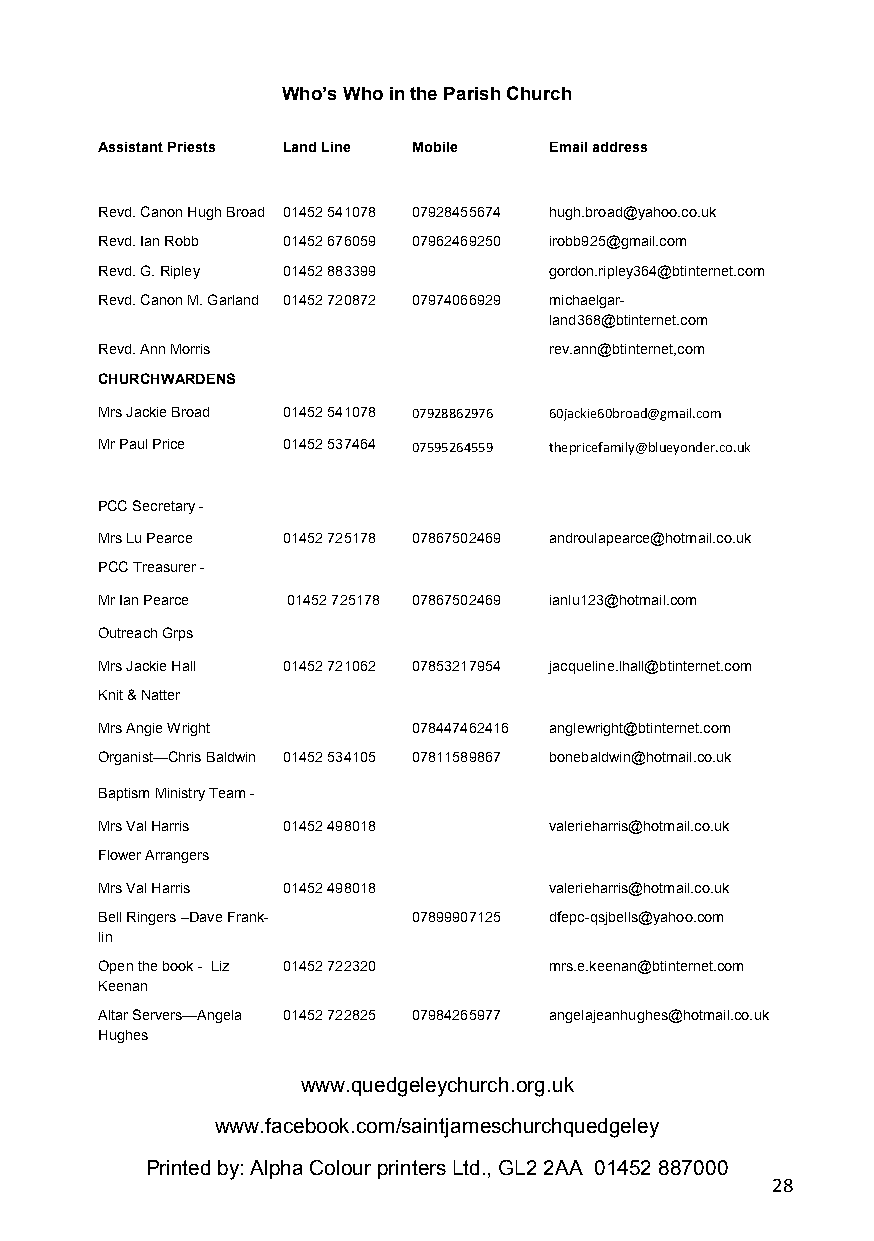
Who’s Who in the Parish Church
 Assistant Priests Land Line Mobile Email address
 Revd. Canon Hugh Broad 01452 541078 07928455674 hugh.broad@yahoo.co.uk
 Revd. Ian Robb 01452 676059 07962469250 irobb925@gmail.com
 Revd. G. Ripley 01452 883399  gordon.ripley364@btinternet.com
 Revd. Canon M. Garland 01452 720872 07974066929 michaelgar-
 land368@btinternet.com
 Revd. Ann Morris              rev.ann@btinternet,com
 CHURCHWARDENS
 Mrs Jackie Broad 01452 541078 07928862976 60jackie60broad@gmail.com
 Mr Paul Price 01452 537464 07595264559 thepricefamily@blueyonder.co.uk
 PCC Secretary -
 Mrs Lu Pearce 01452 725178 07867502469 androulapearce@hotmail.co.uk
 PCC Treasurer -
 Mr Ian Pearce 01452 725178 07867502469 ianlu123@hotmail.com
 Outreach Grps
 Mrs Jackie Hall 01452 721062 07853217954 jacqueline.lhall@btinternet.com
 Knit & Natter
 Mrs Angie Wright     078447462416 anglewright@btinternet.com
 Organist—Chris Baldwin 01452 534105 07811589867 bonebaldwin@hotmail.co.uk
 Baptism Ministry Team -
 Mrs Val Harris 01452 498018   valerieharris@hotmail.co.uk
 Flower Arrangers
 Mrs Val Harris 01452 498018   valerieharris@hotmail.co.uk
 Bell Ringers –Dave Frank- 07899907125 dfepc-qsjbells@yahoo.com
 lin
 Open the book - Liz 01452 722320 mrs.e.keenan@btinternet.com
 Keenan
 Altar Servers—Angela 01452 722825 07984265977 angelajeanhughes@hotmail.co.uk
 Hughes
 www.quedge leychurch.org. uk
 www.fa cebook.com/s aintjameschurc hquedgeley
 Printed by: Alpha Colour printers Ltd., GL2 2AA 01452 887000
 28